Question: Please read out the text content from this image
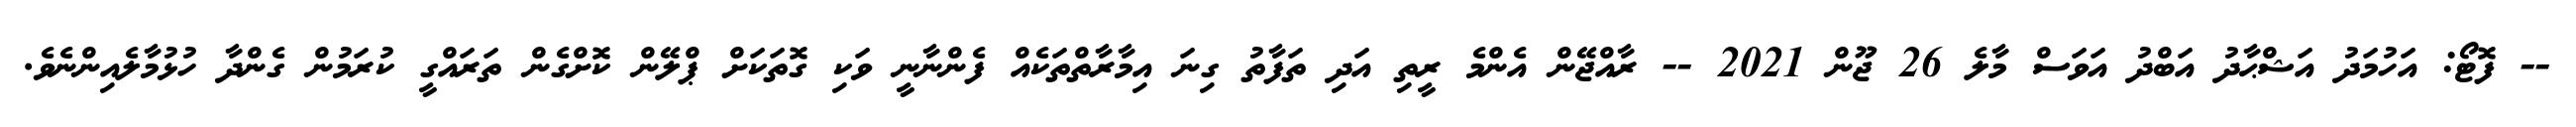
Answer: -- ފޮޓޯ: އަހުމަދު އަޝްޙާދު އަބްދު އަވަސް މާލެ 26 ޖޫން 2021 -- ރާއްޖޭން އެންމެ ރީތި އަދި ތަފާތު ގިނަ އިމާރާތްތަކެއް ފެންނާނީ ވަކި ގޮތަކަށް ޕްލޭން ކޮށްގެން ތަރައްގީ ކުރަމުން ގެންދާ ހުޅުމާލެއިންނެވެ.